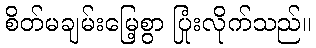
စိတ်မချမ်းမြေ့စွာ ပြုံးလိုက်သည်။